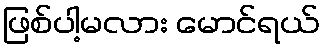
ဖြစ်ပါ့မလား မောင်ရယ်